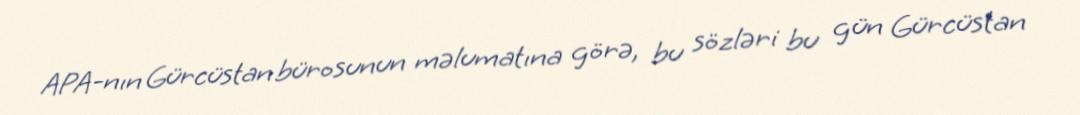
APA-nın Gürcüstan bürosunun məlumatına görə, bu sözləri bu gün Gürcüstan